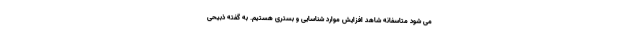
می شود متاسفانه شاهد افزایش موارد شناسایی و بستری هستیم. به گفته ذبیحی